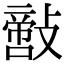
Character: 𢿪